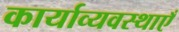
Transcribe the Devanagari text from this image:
कार्याव्यवस्थाएँ